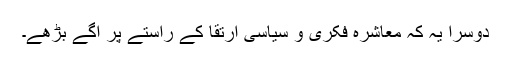
دوسرا یہ کہ معاشرہ فکری و سیاسی ارتقا کے راستے پر آگے بڑھے۔